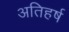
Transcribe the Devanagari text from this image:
अतिहर्ष